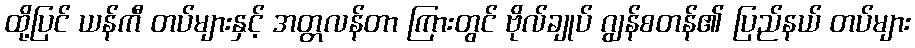
ထို့ပြင် ယန်ကီ တပ်များနှင့် အတ္တလန်တာ ကြားတွင် ဗိုလ်ချုပ် ဂျွန်စတန်၏ ပြည်နယ် တပ်များ